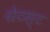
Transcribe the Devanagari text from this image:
ग्रेटस्ट